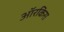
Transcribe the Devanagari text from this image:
ऑरकिस